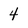
Character: 4